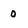
Character: 0